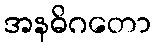
အနဓိဂတော